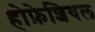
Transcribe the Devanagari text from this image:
होफ़ेशियल